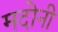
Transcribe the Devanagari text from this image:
मदोनी